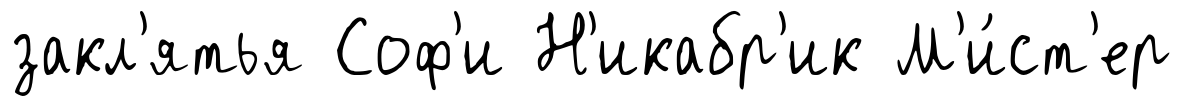
закл'ятья Соф'и Н'икабр'ик М'и́ст'ер